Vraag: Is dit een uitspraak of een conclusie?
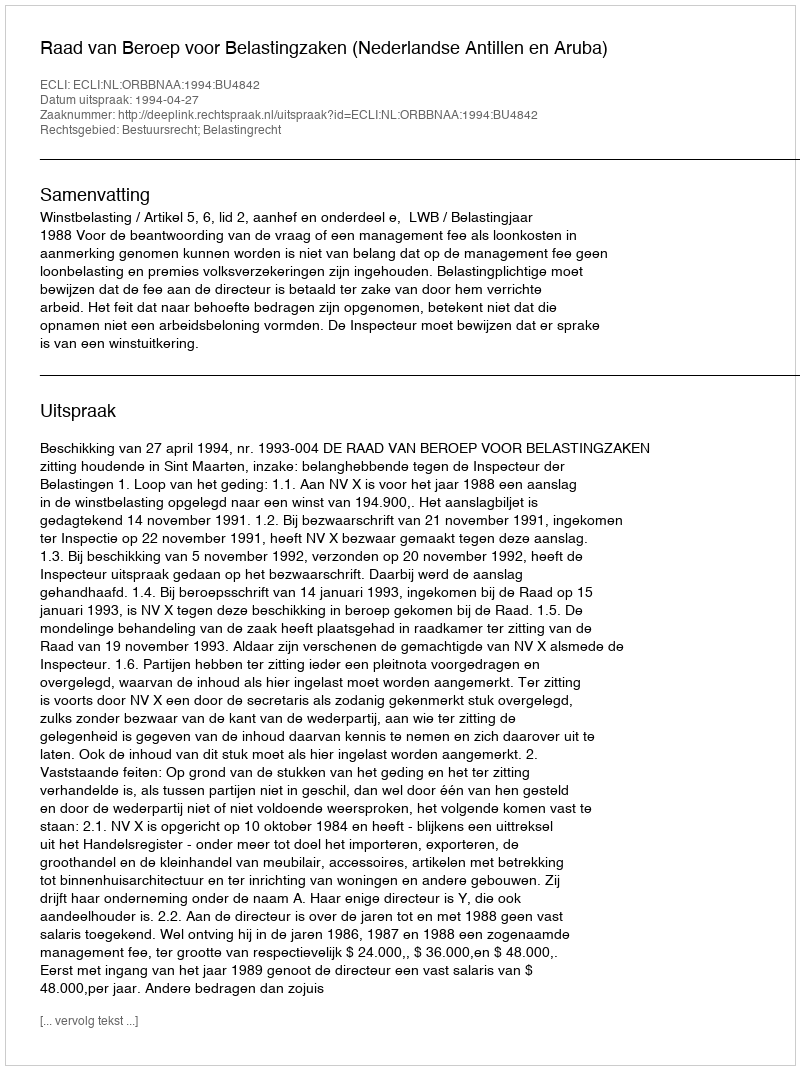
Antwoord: Uitspraak